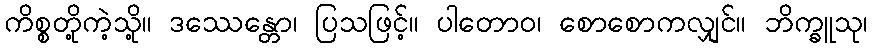
ကိစ္စတို့ကဲ့သို့။ ဒဿေန္တော၊ ပြသဖြင့်။ ပါတောဝ၊ စောစောကလျှင်။ ဘိက္ခူသု၊